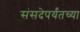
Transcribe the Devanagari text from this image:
संसदेपर्यंतच्या